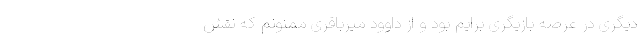
دیگری در عرصه بازیگری برایم بود و از داوود میرباقری ممنونم که نقش